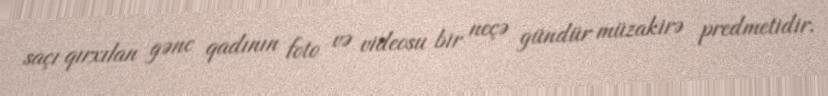
saçı qırxılan gənc qadının foto və videosu bir neçə gündür müzakirə predmetidir.